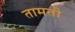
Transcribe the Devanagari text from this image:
तामती